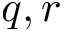
q , r